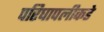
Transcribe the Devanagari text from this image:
परिघापलीकडे